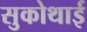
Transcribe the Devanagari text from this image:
सुकोथाई